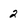
Character: 2